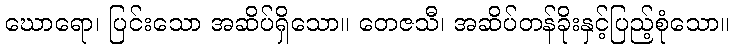
ဃောရော၊ ပြင်းသော အဆိပ်ရှိသော။ တေဇသီ၊ အဆိပ်တန်ခိုးနှင့်ပြည့်စုံသော။